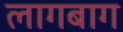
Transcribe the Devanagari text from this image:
लागबाग